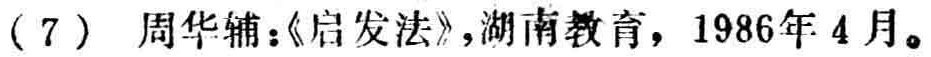
（7）周华辅：《启发法》，湖南教育，1986年4月。